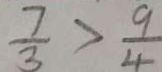
\frac { 7 } { 3 } > \frac { 9 } { 4 }